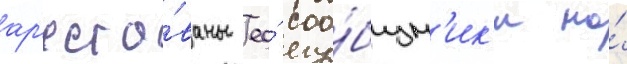
ар'есто́ваны ео́ соо́бщн'ик'и на́